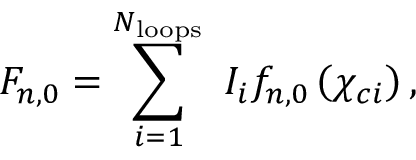
F _ { n , 0 } = \sum _ { i = 1 } ^ { N _ { \mathrm { l o o p s } } } \ I _ { i } f _ { n , 0 } \left( \chi _ { c i } \right) ,